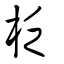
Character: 柉